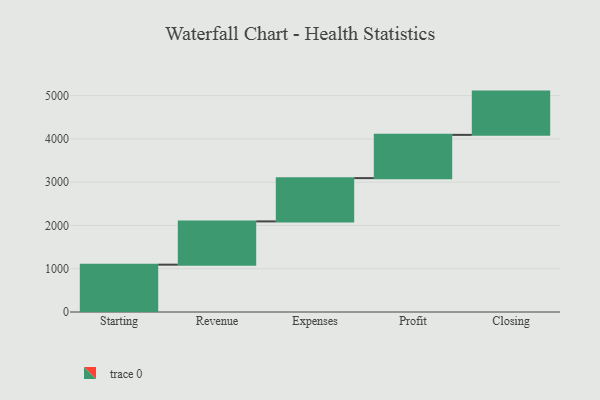
{"axis": {"x": "Step", "y": "Value"}, "legend": [""], "data": [{"x": "Starting", "y": 1094.0, "type": ""}, {"x": "Revenue", "y": 1000, "type": ""}, {"x": "Expenses", "y": 1000, "type": ""}, {"x": "Profit", "y": 1000, "type": ""}, {"x": "Closing", "y": 1000, "type": ""}]}